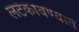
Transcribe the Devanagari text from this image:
लटकावण्यात